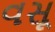
વસૂ